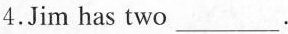
4.Jim has two ___.